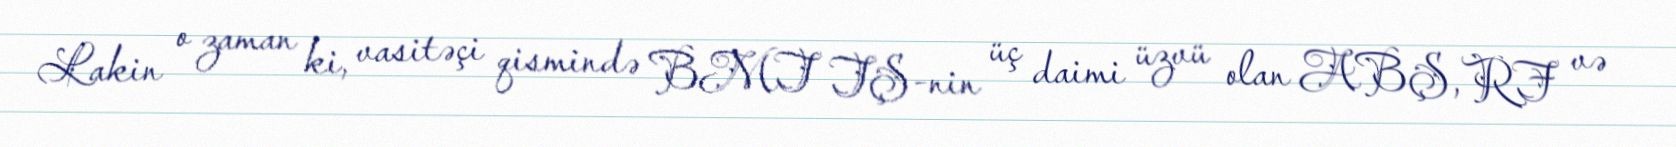
Lakin o zaman ki, vasitəçi qismində BMT TŞ-nin üç daimi üzvü olan ABŞ, RF və